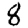
Digit: 8